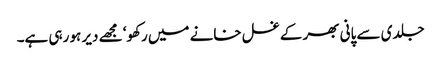
جلدی سے پانی بھر کے غسل خانے میں رکھو‘ مجھے دیر ہو رہی ہے۔